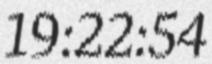
19:22:54